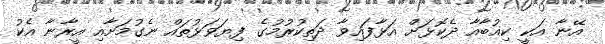
އޭނާ އަކީ ކިއުބާއާ ދެކޮޅަށް އަޅާފައިވާ ދަތިކުރުމުގެ ފިޔަވަޅުތައް ނެގުމަށާއި އީރާނާ އެކު